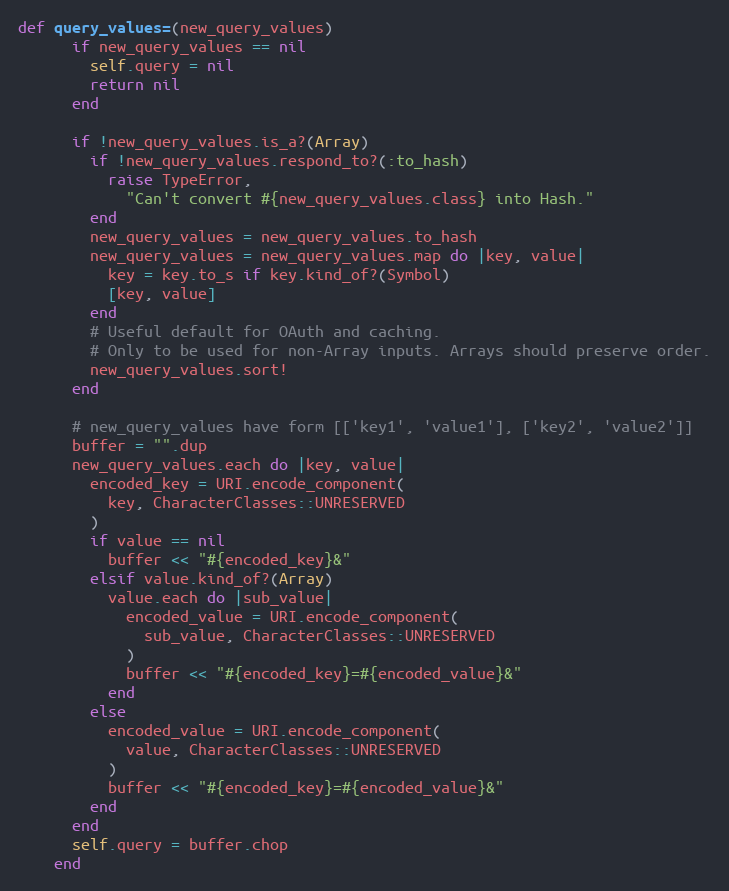
Language: Ruby
def query_values=(new_query_values)
      if new_query_values == nil
        self.query = nil
        return nil
      end

      if !new_query_values.is_a?(Array)
        if !new_query_values.respond_to?(:to_hash)
          raise TypeError,
            "Can't convert #{new_query_values.class} into Hash."
        end
        new_query_values = new_query_values.to_hash
        new_query_values = new_query_values.map do |key, value|
          key = key.to_s if key.kind_of?(Symbol)
          [key, value]
        end
        # Useful default for OAuth and caching.
        # Only to be used for non-Array inputs. Arrays should preserve order.
        new_query_values.sort!
      end

      # new_query_values have form [['key1', 'value1'], ['key2', 'value2']]
      buffer = "".dup
      new_query_values.each do |key, value|
        encoded_key = URI.encode_component(
          key, CharacterClasses::UNRESERVED
        )
        if value == nil
          buffer << "#{encoded_key}&"
        elsif value.kind_of?(Array)
          value.each do |sub_value|
            encoded_value = URI.encode_component(
              sub_value, CharacterClasses::UNRESERVED
            )
            buffer << "#{encoded_key}=#{encoded_value}&"
          end
        else
          encoded_value = URI.encode_component(
            value, CharacterClasses::UNRESERVED
          )
          buffer << "#{encoded_key}=#{encoded_value}&"
        end
      end
      self.query = buffer.chop
    end